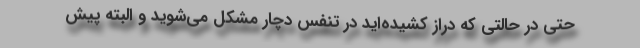
حتی در حالتی که دراز کشیده‌اید در تنفس دچار مشکل می‌شوید و البته پیش